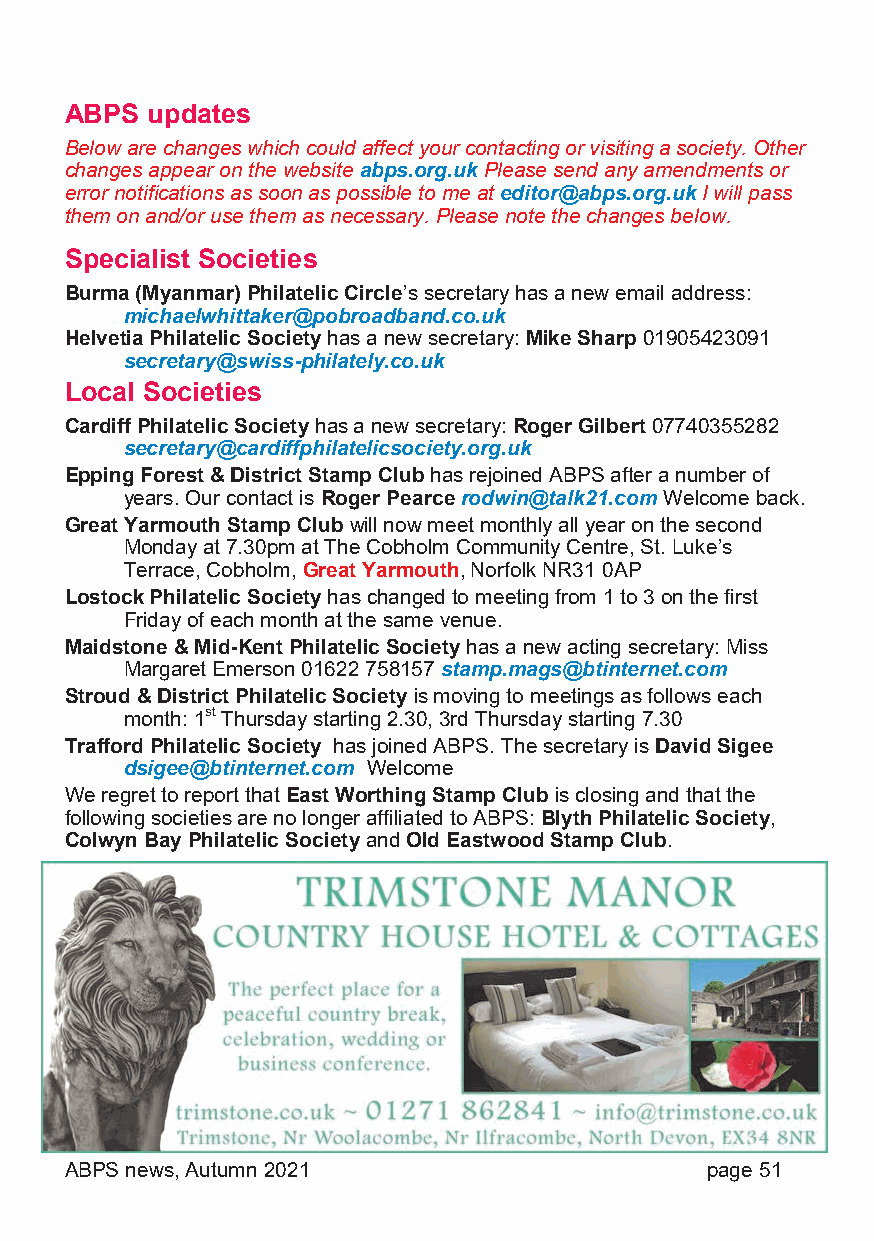
ABPS  updates
 Below are changes which could affect your contacting or visiting a society. Other
 changes appear on the website abps.org.uk Please send any amendments or
 error notifications as soon as possible to me at editor@abps.org.uk I will pass
 them on and/or use them as necessary. Please note the changes below.
 Specialist Societies
 Burma (Myanmar) Philatelic Circle’s secretary has a new email address:
 michaelwhittaker@pobroadband.co.uk
 Helvetia Philatelic Society has a new secretary: Mike Sharp 01905423091
 secretary@swiss-philately.co.uk
 Local Societies
 Cardiff Philatelic Society has a new secretary: Roger Gilbert 07740355282
 secretary@cardiffphilatelicsociety.org.uk
 Epping Forest & District Stamp Club has rejoined ABPS after a number of
 years. Our contact is Roger Pearce rodwin@talk21.com Welcome back.
 Great Yarmouth Stamp Club will now meet monthly all year on the second
 Monday at 7.30pm at The Cobholm Community Centre, St. Luke’s
 Terrace, Cobholm, Great Yarmouth, Norfolk NR31 0AP
 Lostock Philatelic Society has changed to meeting from 1 to 3 on the first
 Friday of each month at the same venue.
 Maidstone & Mid-Kent Philatelic Society has a new acting secretary: Miss
 Margaret Emerson 01622 758157 stamp.mags@btinternet.com
 Stroud & District Philatelic Society is moving to meetings as follows each
 month: 1st Thursday starting 2.30, 3rd Thursday starting 7.30
 Trafford Philatelic Society has joined ABPS. The secretary is David Sigee
 dsigee@btinternet.com Welcome
 We regret to report that East Worthing Stamp Club is closing and that the
 following societies are no longer affiliated to ABPS: Blyth Philatelic Society,
 Colwyn Bay Philatelic Society and Old Eastwood Stamp Club.
 ABPS news, Autumn 2021                     page 51